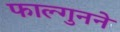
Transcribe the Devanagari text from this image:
फाल्गुनने